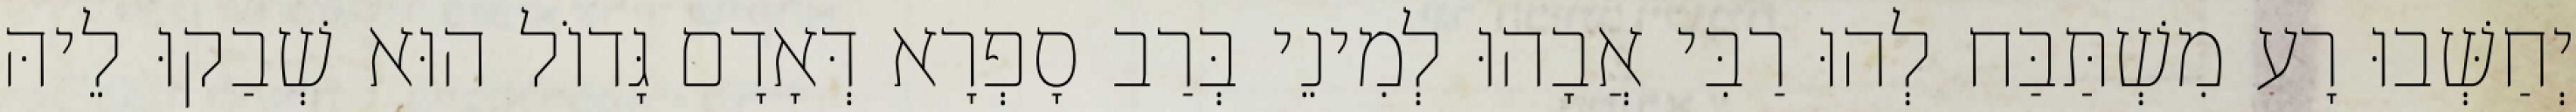
יְחַשְּׁבוּ רָע מִשְׁתַּבַּח לְהוּ רַבִּי אֲבָהוּ לְמִינֵי בְּרַב סָפְרָא דְּאָדָם גָּדוֹל הוּא שְׁבַקוּ לֵיהּ